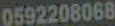
0592208068